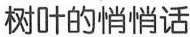
树叶的悄悄话